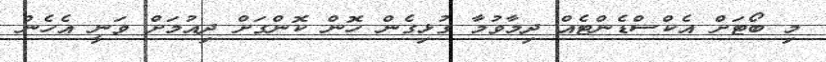
މި ބޯޓަށް އެކްސްޑެންޓެއް ދިމާވުމާ ގުޅިގެން ހޮން ކޮންގަށް ދިއުމަށް ވަނީ އެހެން